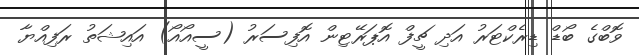
ވޮބްގެ ބޯޑް ޑިރެކްޓަރު އަދި ޗީފް އޮޕަރޭޓިން އޮފިސަރު (ސީއޯއޯ) އައިޝަތު ރަފިއްޔާ